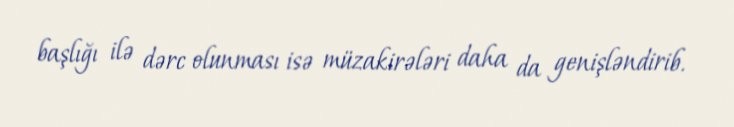
başlığı ilə dərc olunması isə müzakirələri daha da genişləndirib.